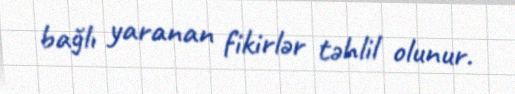
bağlı yaranan fikirlər təhlil olunur.